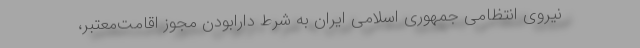
نیروی انتظامی جمهوری اسلامی ایران به شرط دارابودن مجوز اقامت‌معتبر،